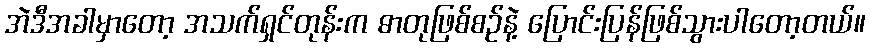
အဲဒီအခါမှာတော့ အသက်ရှင်တုန်းက ဓာတုဖြစ်စဉ်နဲ့ ပြောင်းပြန်ဖြစ်သွားပါတော့တယ်။